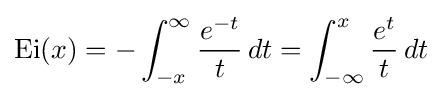
\operatorname {Ei} (x)=-\int _{-x}^{\infty }{\frac {e^{-t}}{t}}\,dt=\int _{-\infty }^{x}{\frac {e^{t}}{t}}\,dt